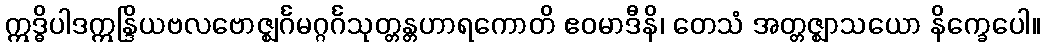
ဣဒ္ဓိပါဒဣန္ဒြိယဗလဗောဇ္ဈင်္ဂမဂ္ဂင်္ဂသုတ္တန္တဟာရကောတိ ဧဝမာဒီနိ၊ တေသံ အတ္တဇ္ဈာသယော နိက္ခေပေါ။